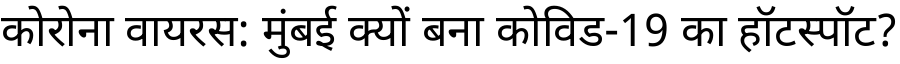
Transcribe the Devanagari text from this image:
कोरोना वायरस: मुंबई क्यों बना कोविड-19 का हॉटस्पॉट?